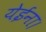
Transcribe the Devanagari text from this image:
येईना।